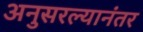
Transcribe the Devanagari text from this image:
अनुसरल्यानंतर